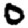
Digit: 0